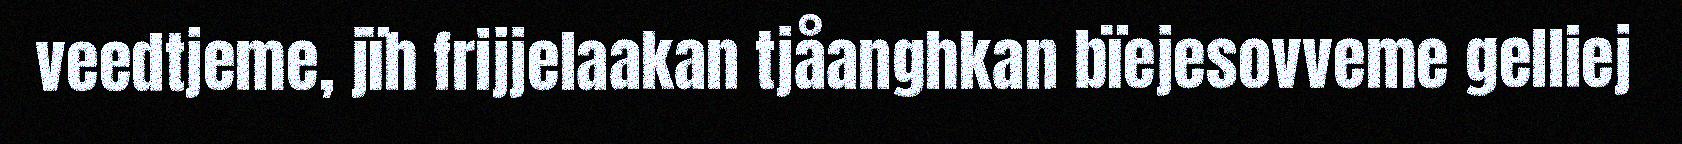
veedtjeme, jïh frijjelaakan tjåanghkan bïejesovveme gelliej